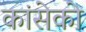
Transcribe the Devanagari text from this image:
कांसेको